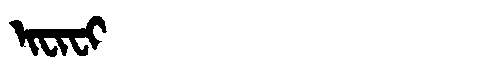
Manchu: ᡳᠸᡳᠸᡳ
Romanization: IFIFI